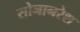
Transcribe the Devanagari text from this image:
सोनानरेश